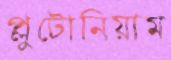
প্লুটোনিয়াম